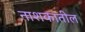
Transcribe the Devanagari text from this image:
नाशकातील